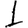
Digit: 1